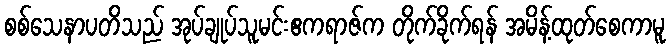
စစ်သေနာပတိသည် အုပ်ချုပ်သူမင်းဧကရာဇ်က တိုက်ခိုက်ရန် အမိန့်ထုတ်စေကာမူ